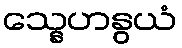
သ္နေဟနွယံ